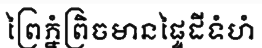
ព្រៃភ្នំព្រិចមានផ្ទៃដីទំហំ